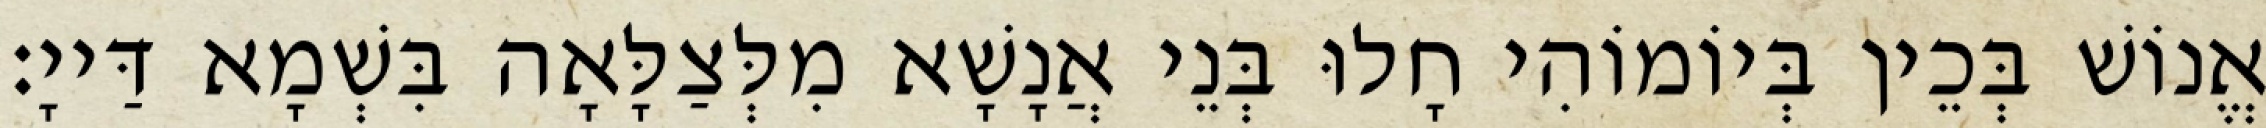
אֱנוֹשׁ בְּכֵין בְּיוֹמוֹהִי חָלוּ בְּנֵי אֲנָשָׁא מִלְּצַלָּאָה בִּשְׁמָא דַּייָ׃